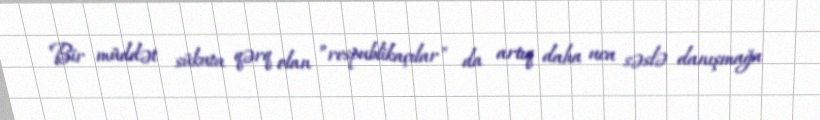
Bir müddət sükuta qərq olan ”respublikaçılar" da artıq daha uca səslə danışmağa